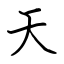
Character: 天